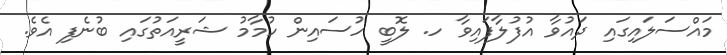
މައްސަލައިގައި ދައުވާ އުފުލާފައިވާ ހ. ލޮބީ ހުސައިން ހުމާމު ޝަރީއަތުގައި ބުނެފި އެވެ.